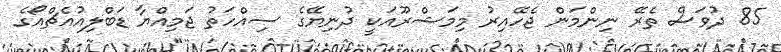
85 ދުވަސް ތެރޭ ނިންމަން ޖެހޭއިރު މިމަޝްރޫއަކީ ދުނިޔޭގެ ސިއްހަތު ޖަމިއްޔާ ޑަބްލިއުއެޗްއޯގެ